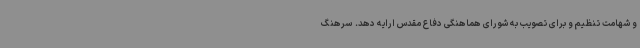
و شهامت تنظیم و برای تصویب به شورای هماهنگی دفاع مقدس ارایه دهد. سرهنگ